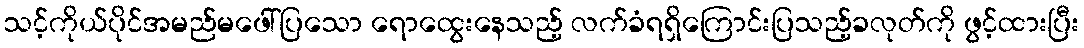
သင့်ကိုယ်ပိုင်အမည်မဖေါ်ပြသော ရောထွေးနေသည့် လက်ခံရရှိကြောင်းပြသည့်ခလုတ်ကို ဖွင့်ထားပြီး